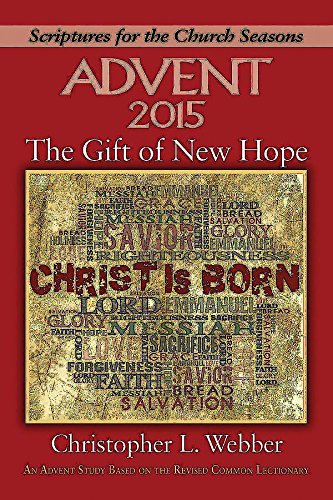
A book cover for The Gift of New Hope: An Advent Study Based on the Revised Common Lectionary (Scriptures for the Church Seasons); Christopher L. Webber; Christian Books & Bibles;